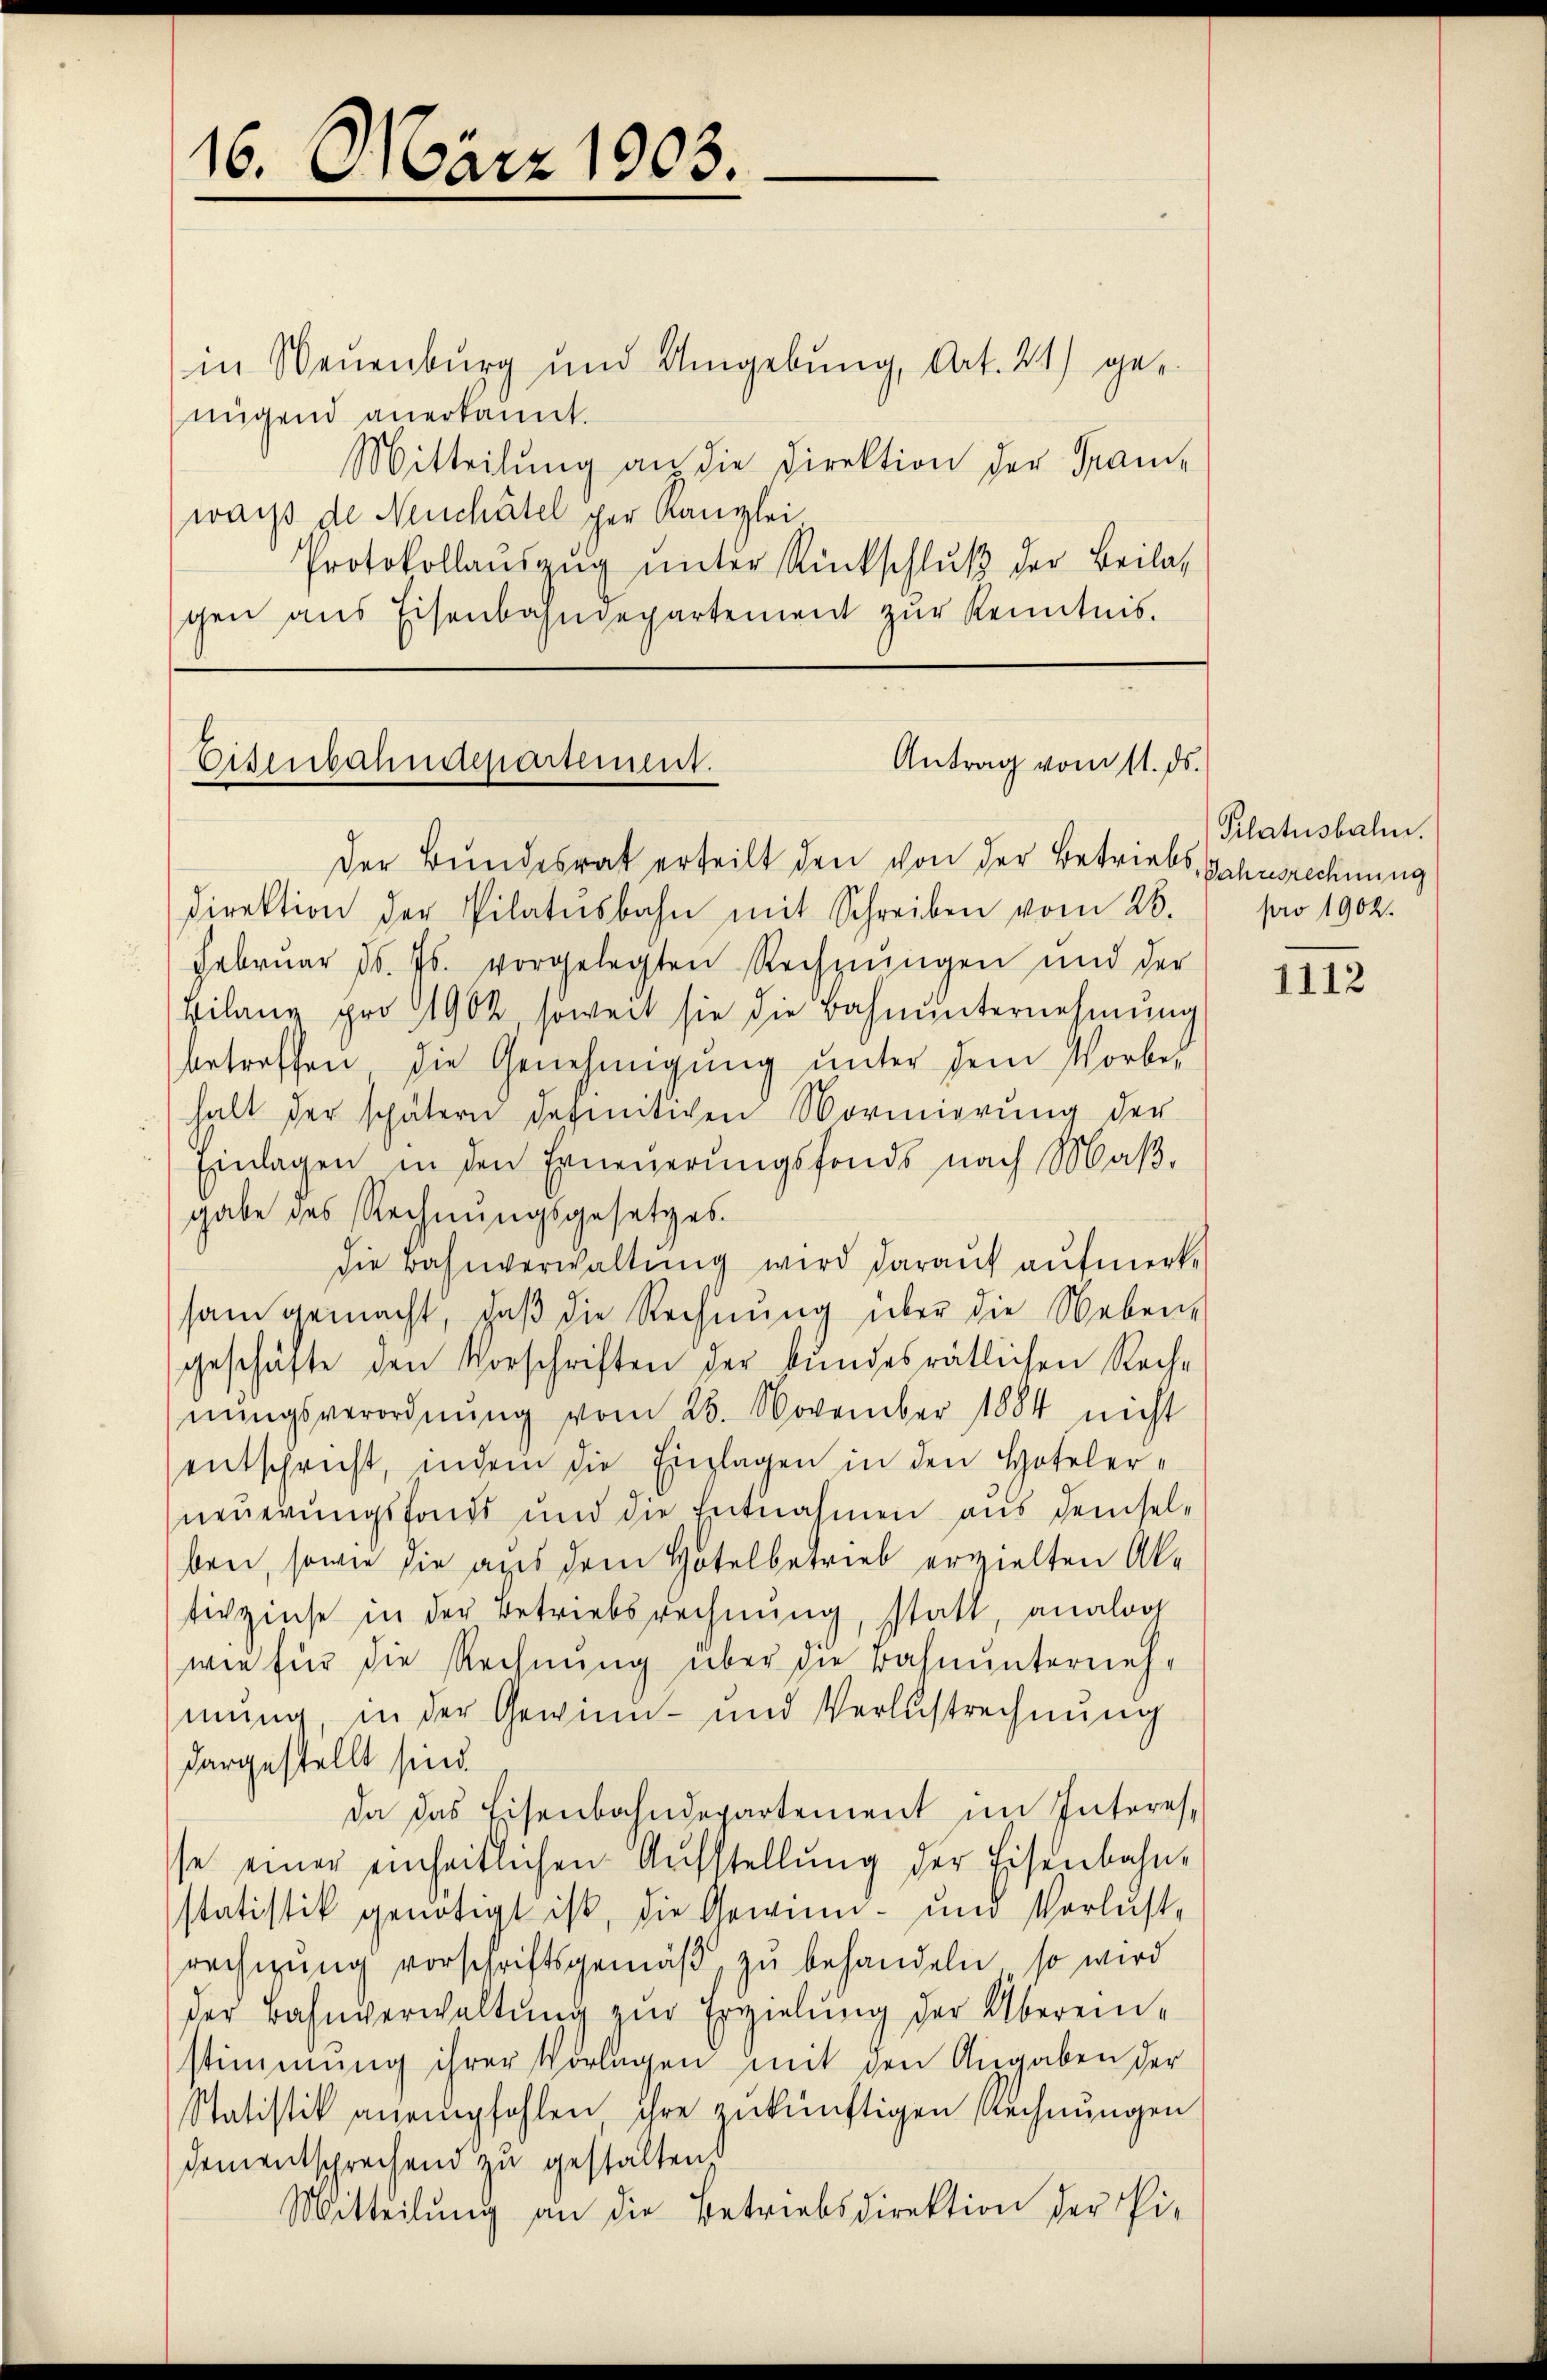
16. März 1903.

in Neuenburg und Umgebung, Art. 21) genügend anerkannt.
Mitteilŭng an die Direktion der Fran-
wachs de Neuchâtel per Kanzlei
Protokollaŭszŭg ŭnter Rückschlŭβ der Beilag
gen aus Eisenbahndepartement zŭr Kenntnis.

Antrag vom 11. ds.
Eisenbahndepartement.

Der Bundesrat erteilt den von der Betriebs, Jahresrechnung
Direktion der Pilatŭsbahn mit Schreiben vom 23. pro 1902.
Februar d. Js. vorgelegten Rechnŭngen und der
Bilanz pro 1902, soweit sie die Bahnŭnternehmung
betreffen die Genehmigung unter dem Vorbehalt der spätern definitiven Vormierung der
Einlagen in den Erneuerungsfonds nach Maβ-
gabe des Rechnungsgesetzes.
die Bahnverwaltung wird darauf aufmerksam gemacht, daβ die Rechnung über die Neben-
geschäfte den Vorschriften der bundesrätlichen Rech-
nŭngsverordnŭng vom 23. November 1884 nicht
entschricht, indem die Einlagen in den Hotelerneuerungsfonds und die Entnahmen aus demselben, sowie die aus dem Hotel betrieb erzielten Ale
tirzinse in der Betriebsrechnung, statt, analog
wie für die Rechnung über die Bahnunternehmung, in der Gewinn- und Verlustrechnŭng
dargestellt sind.
da das Eisenbahndepartement im Interes-
sse einer einheitlichen Aŭfstellŭng der Eisenbahn-
statistik genötigt ist, die Gewinn- und Verlust,
rechnŭng vorschriftsgemäβ zŭ behandeln, so wird
der Bahnverwaltung zur Erzielung der Übereinstimmung ihrer Vorlagen mit den Angaben der
Statistik anempfohlen ihre zukünftigen Rechnungen
Dementsprechen zu gestalten
Mitteilung an die Betriebsdirektion der Pi-

Pilatusbahn.

1112